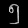
Digit: ၅